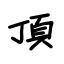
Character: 頂